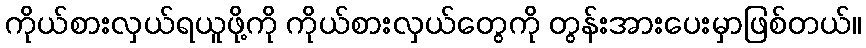
ကိုယ်စားလှယ်ရယူဖို့ကို ကိုယ်စားလှယ်တွေကို တွန်းအားပေးမှာဖြစ်တယ်။